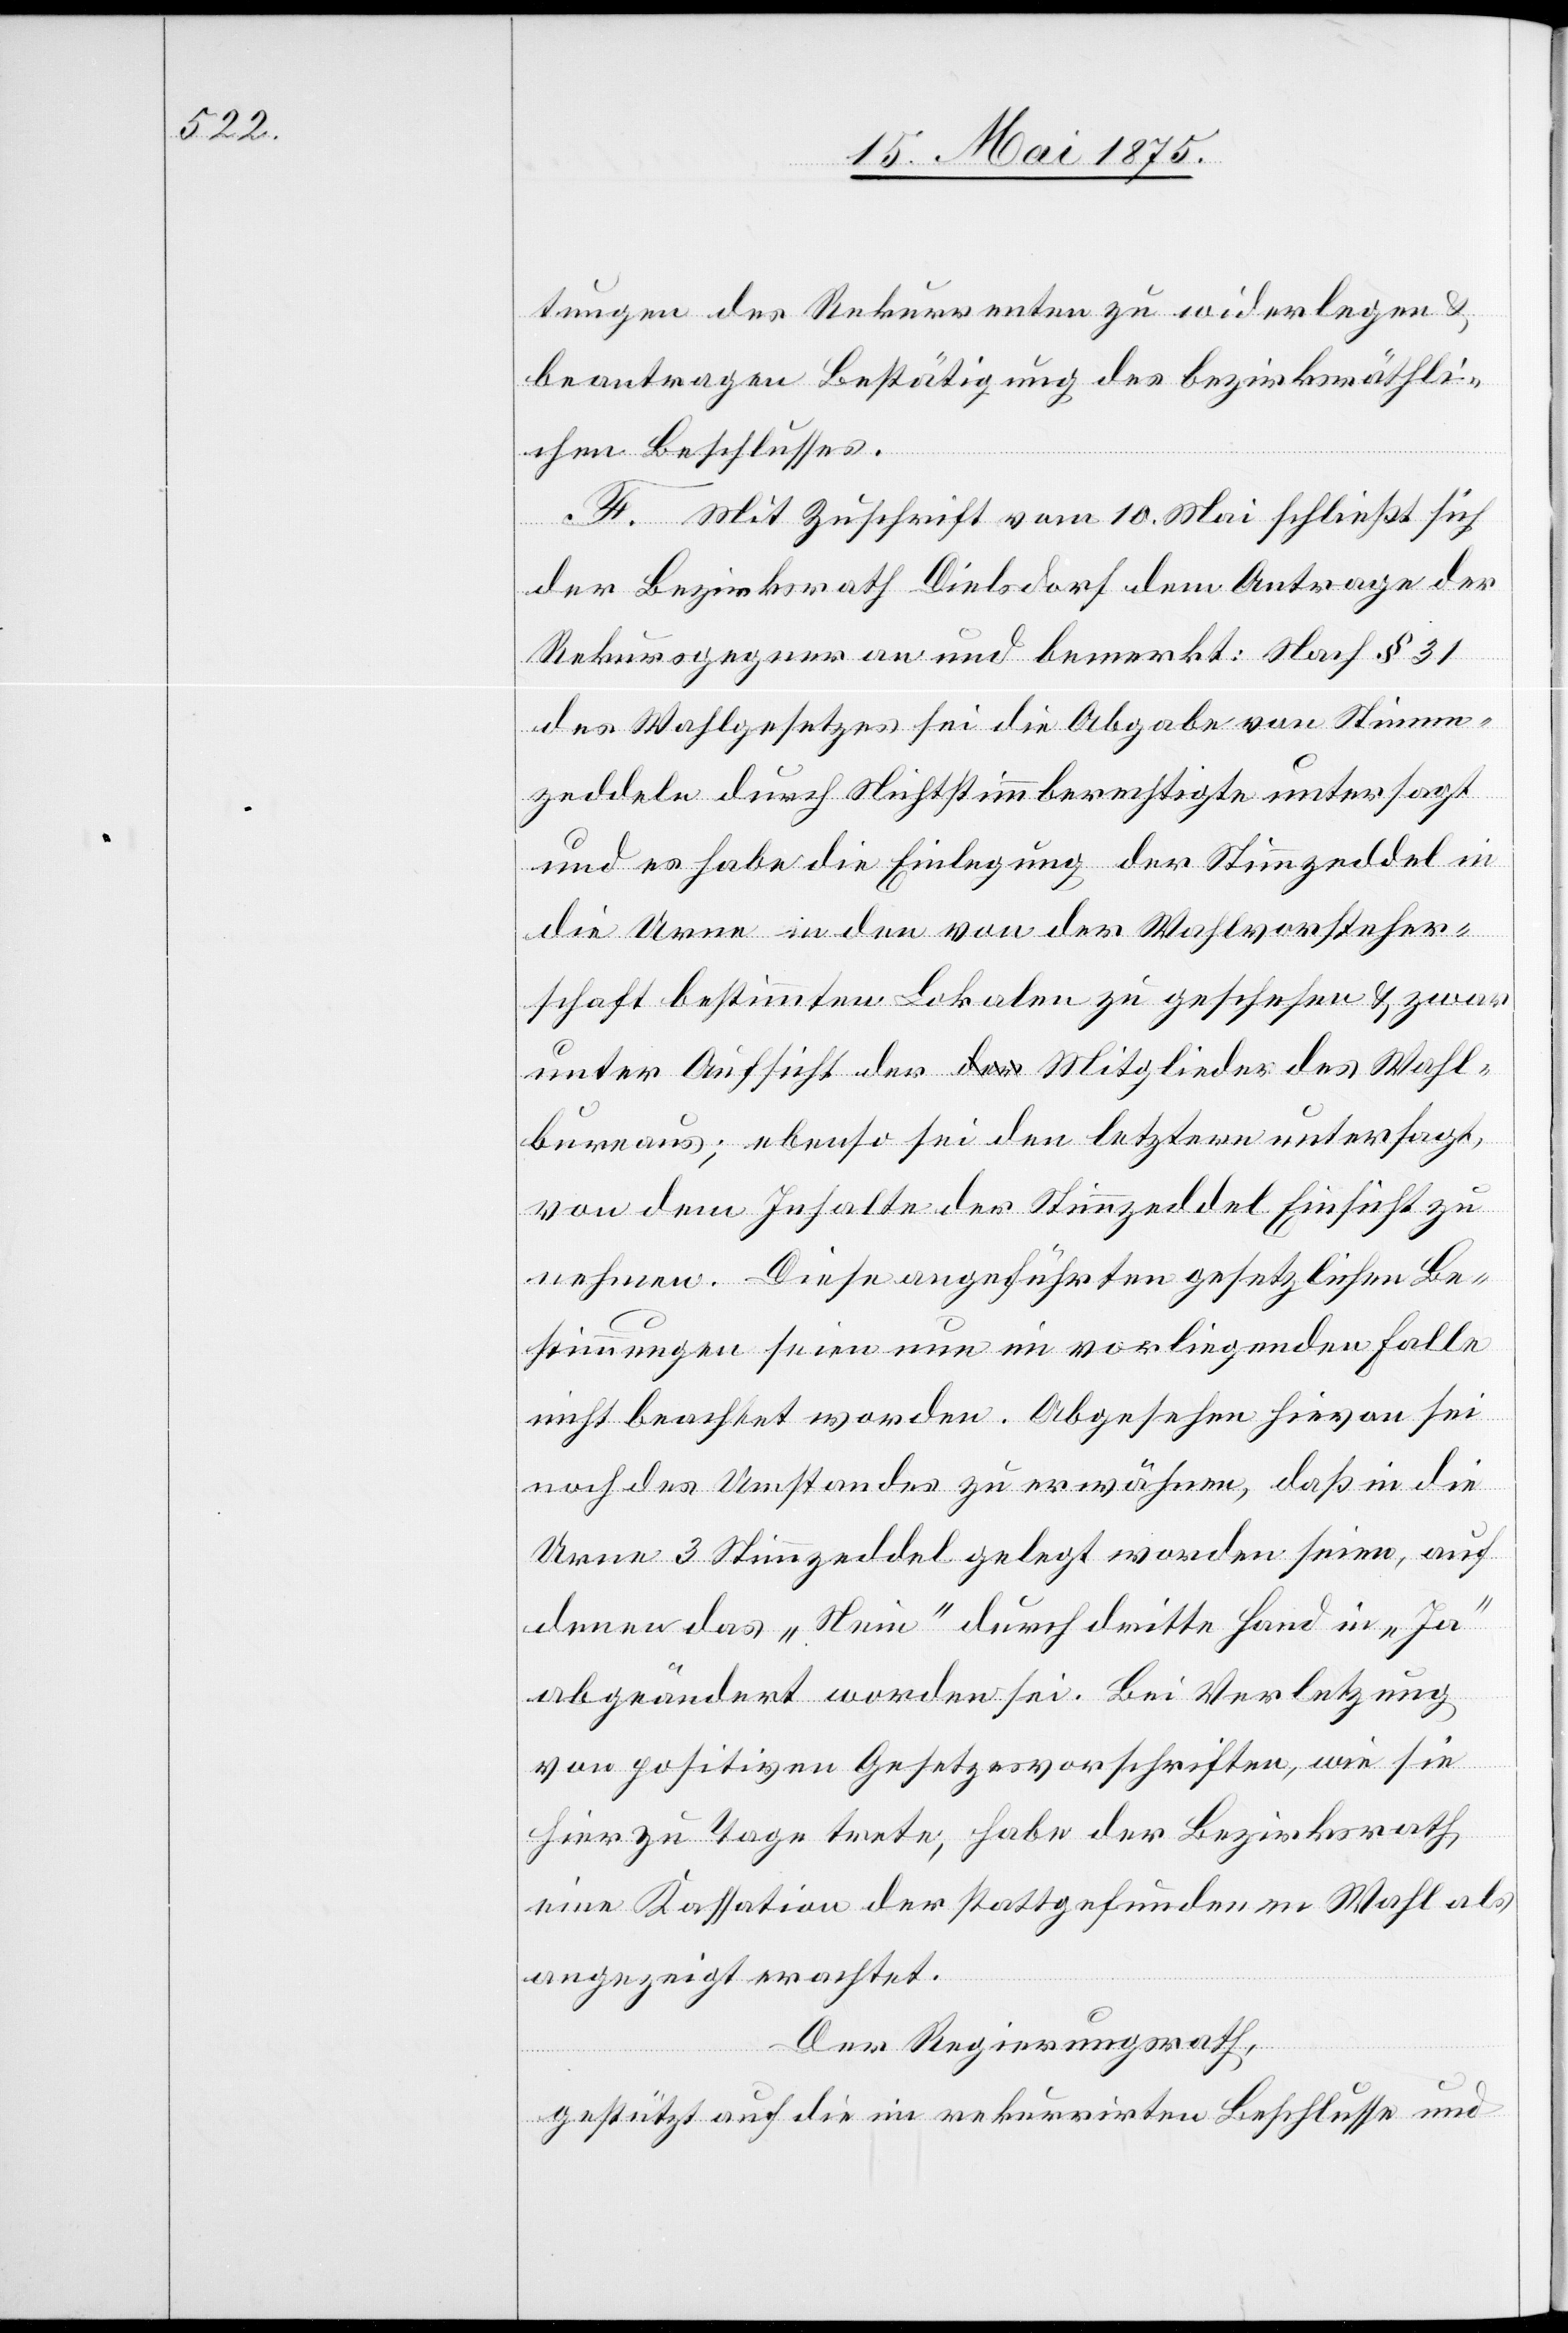
tungen des Rekurrenten zu widerlegen &
beantragen Bestätigung des bezirksräthli¬
chen Beschlusses.
F. Mit Zuschrift vom 10. Mai schließt sich
der Bezirksrath Dielsdorf dem Antrage der
Rekursgegner an und bemerkt: Nach § 31
des Wahlgesetzes sei die Abgabe von Stimm¬
zeddeln durch Nichtstimmberechtigte untersagt
und es habe die Einlegung der Stimmzeddel in
die Urne in den von der Wahlvorsteher¬
schaft bestimmten Lokalen zu geschehen & zwar
unter Aufsicht der Mitglieder des Wahl¬
bureaus; ebenso sei den letztern untersagt,
von dem Inhalte der Stimmzeddel Einsicht zu
nehmen. Diese angeführten gesetzlichen Be¬
stimmungen seien nun im vorliegenden Falle
nicht beachtet worden. Abgesehen hievon sei
noch des Umstandes zu erwähnen, daß in die
Urne 3 Stimmzeddel gelegt worden seien, auf
denen das „Nein“ durch dritte Hand in „Ja“
abgeändert worden sei. Bei Verletzung
von politischen Gesetzesvorschriften, wie sie
hier zu Tage trete, habe der Bezirksrath,
eine Kassation der stattgefunden Wahl als
angezeigt erachtet.
Der Regierungsrath,
gestützt auf die im rekurrirten Beschlusse und